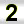
Digit: 2